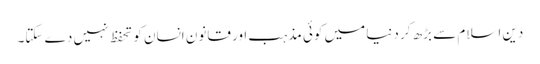
دین اسلام سے بڑھ کر دنیا میں کوئی مذہب اور قانون انسان کو تحفظ نہیں دے سکتا۔